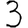
Digit: 3